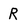
Character: R